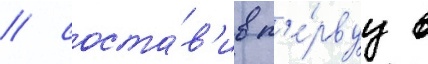
/ соста́в'ив п'е́рвуу в